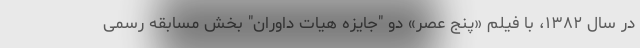
در سال ۱۳۸۲، با فیلم «پنج عصر» دو "جایزه هیات داوران" بخش مسابقه رسمی